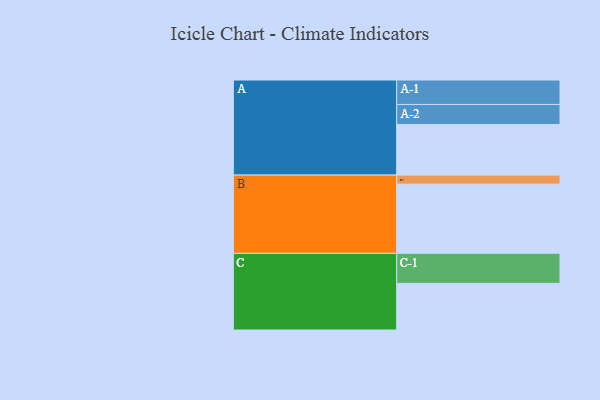
{"axis": {"x": "Segment", "y": "Value"}, "legend": ["", "A", "B", "C"], "data": [{"x": "A", "y": 417, "type": ""}, {"x": "B", "y": 571, "type": ""}, {"x": "C", "y": 385, "type": ""}, {"x": "A-1", "y": 202, "type": "A"}, {"x": "A-2", "y": 166, "type": "A"}, {"x": "B-1", "y": 75, "type": "B"}, {"x": "C-1", "y": 248, "type": "C"}]}